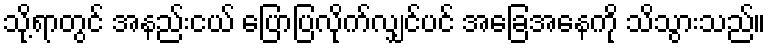
သို့ရာတွင် အနည်းငယ် ပြောပြလိုက်လျှင်ပင် အခြေအနေကို သိသွားသည်။